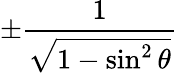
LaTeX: \pm{\frac{1}{\sqrt{1-\sin^{2}\theta}}}